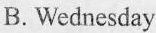
B.Wednesday